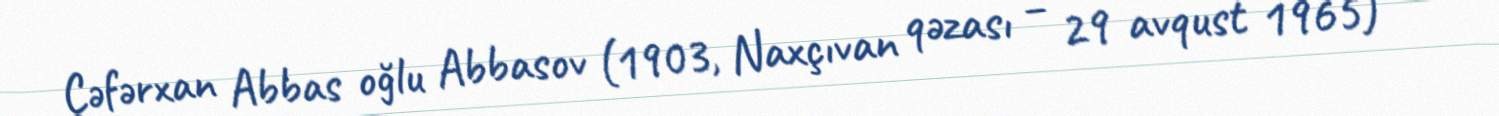
Cəfərxan Abbas oğlu Abbasov (1903, Naxçıvan qəzası – 29 avqust 1965) —